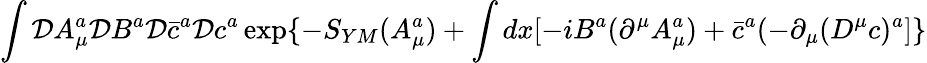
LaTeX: \int{\cal D}A_{\mu}^{a}{\cal D}B^{a}{\cal D}\bar{c}^{a}{\cal D}c^{a}\exp\{ -S_{YM}(A_{\mu}^{a})+\int dx[-iB^{a}(\partial^{\mu}A_{\mu}^{a})+\bar{c}^{a}(-\partial_{\mu}(D^{\mu}c)^{a}]\}